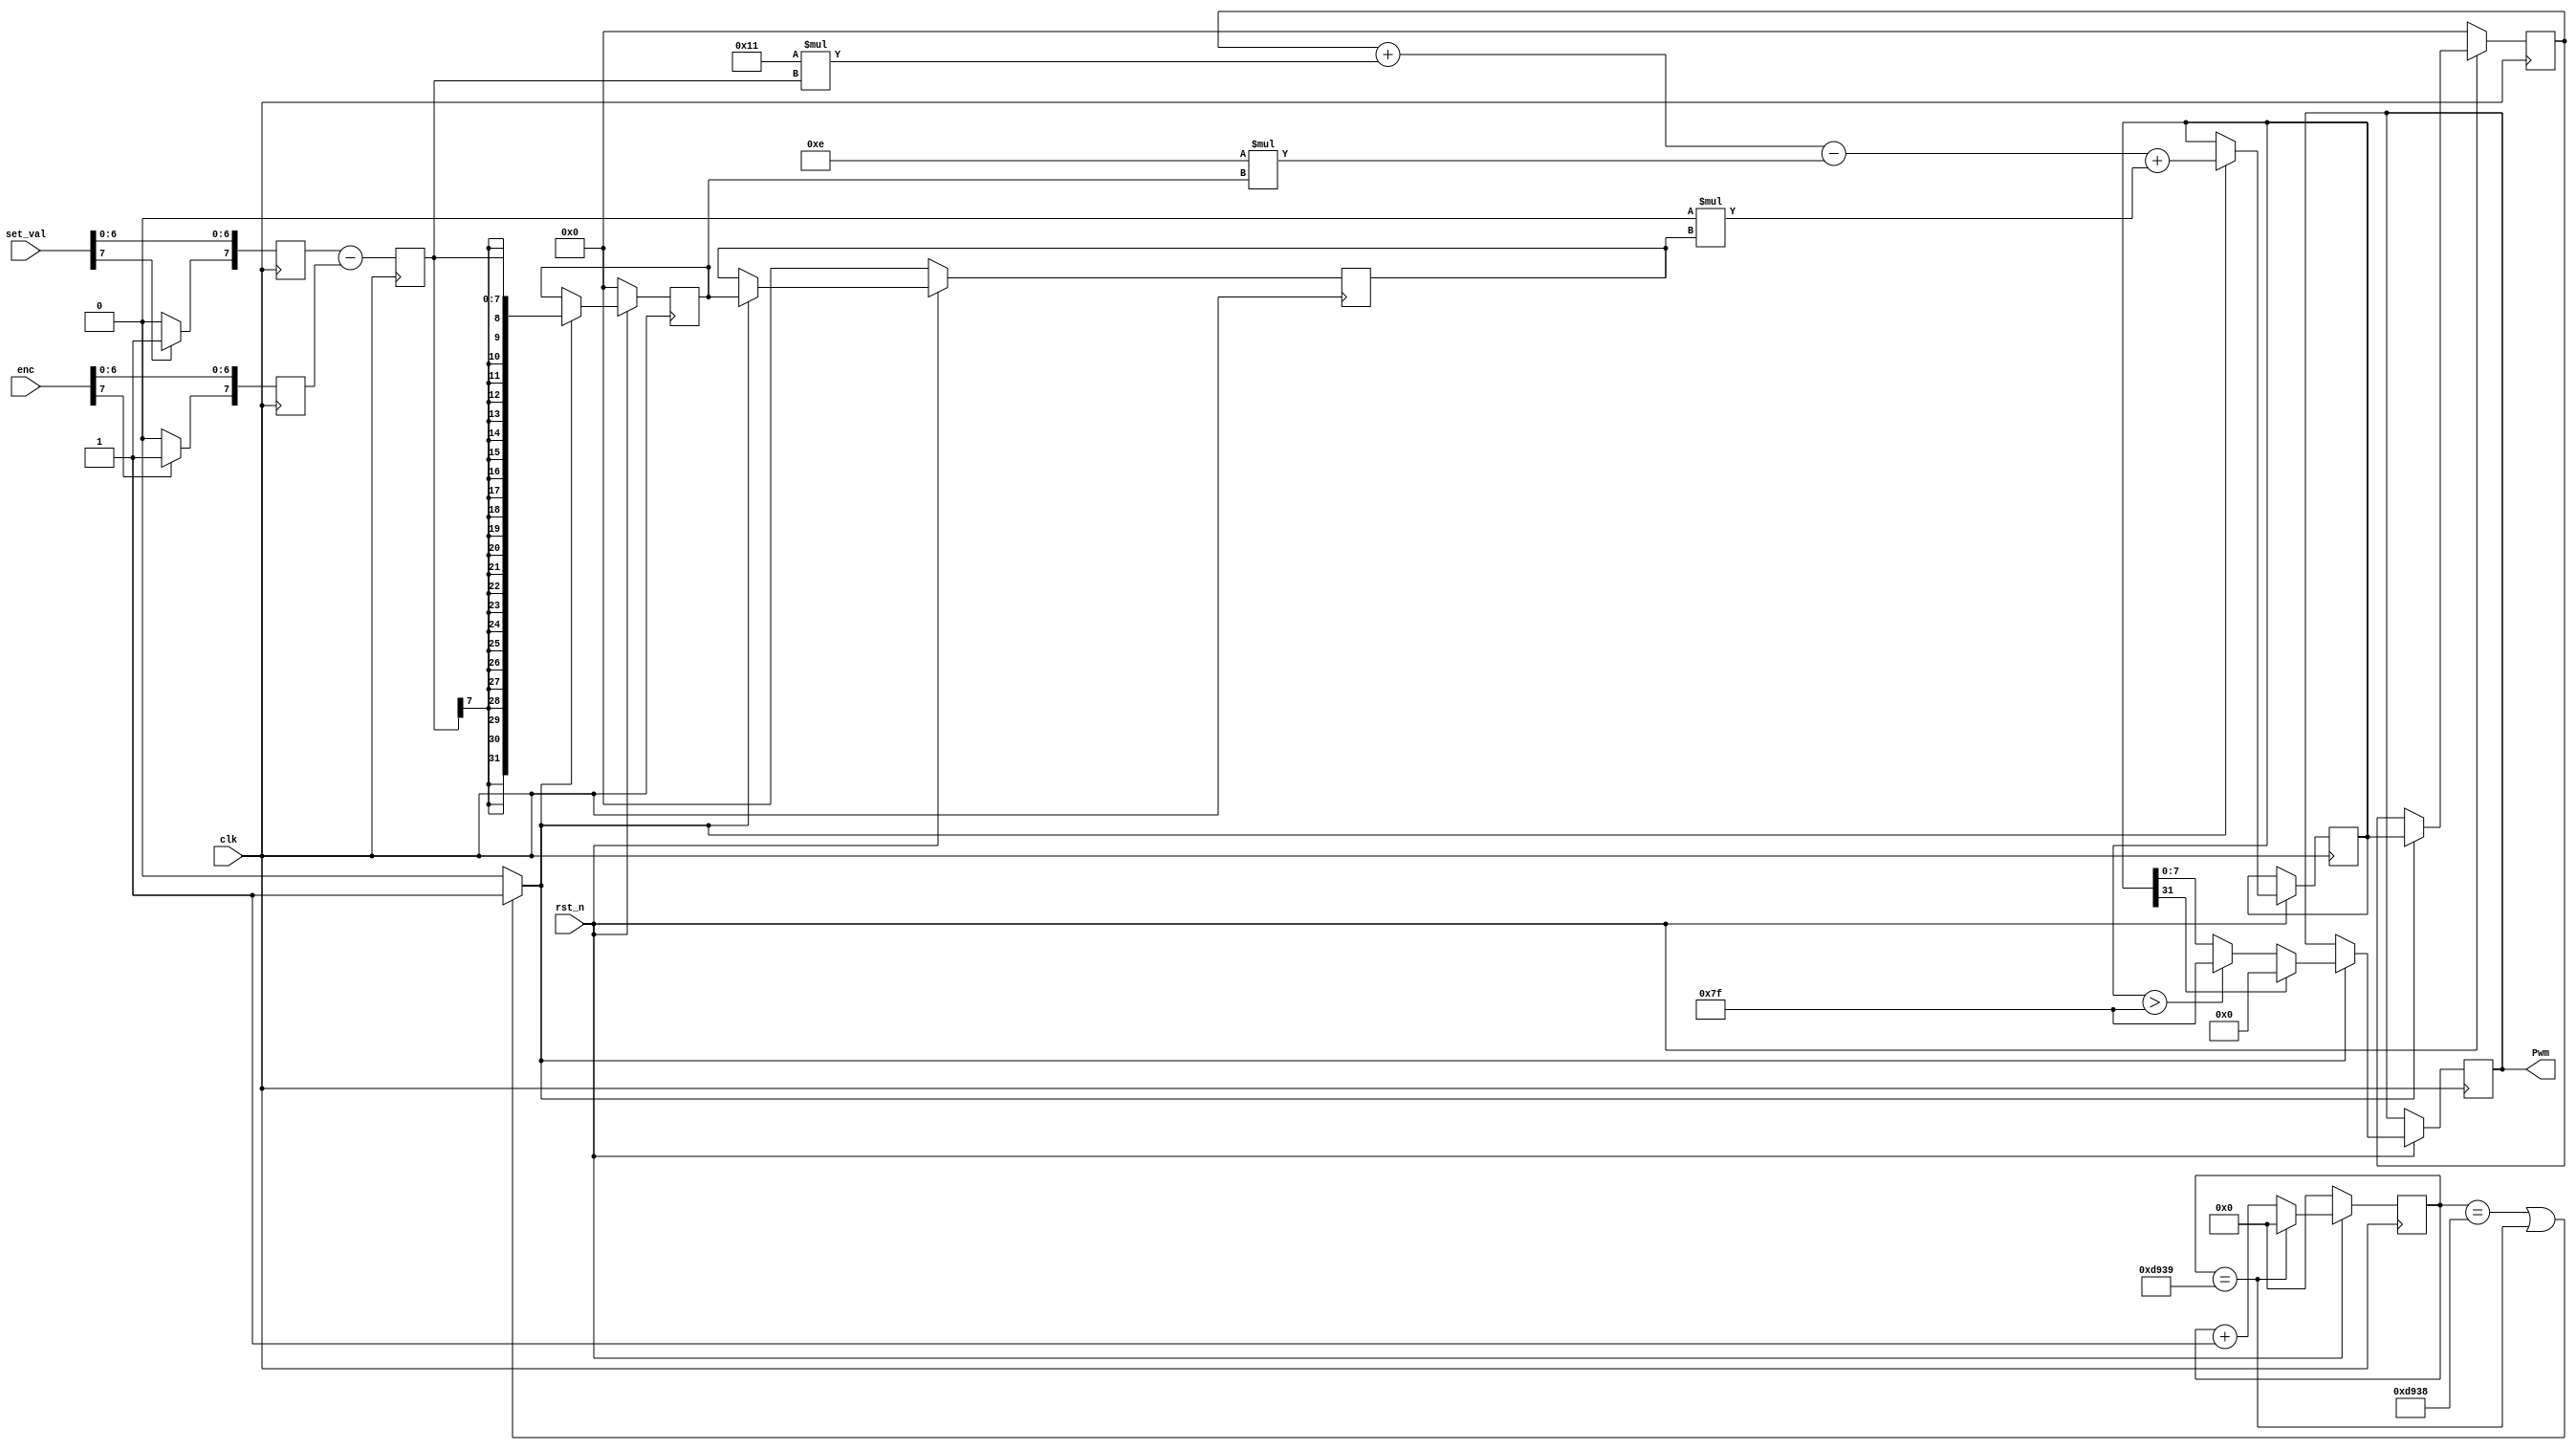
module pid(Pwm, enc, set_val, clk, rst_n);

	parameter N = 8;

	output [N-1 : 0] Pwm; 
	input [N-1 : 0] enc; 
	input [N-1 : 0] set_val;
//	input [N-1 : 0] k_1;
//	input [N-1 : 0] k_2;
	//input [N-1 : 0] k_3;
	input clk;
	input rst_n;
		reg [N-1 : 0] pwm; 
	reg signed [N-1 : 0] k1=17 ;				// kp
	reg signed [N-1 : 0] k2=14 ;				// ki
	reg signed [N-1 : 0] k3=0  ;				// kd
	reg signed [N-1 : 0] error;
	integer pwm_mid;
	integer pwm_old ;
	integer e_prev[1:2];
	integer actual ;
	integer target ;
	
	//always@(k_1) begin k1 <=k_1; end
	//always@(k_2) begin k2 <=k_2; end
	//always@(k_3) begin k3 <=k_3; end
/*	initial begin 
	pwm_old = 0;
	end
	*/



always @ (posedge clk)
	begin
	 if(set_val[N-1])
		begin
			target[31 : N-1] <= {(33 - N){1}};
			target[N-2 : 0] <= set_val[N-2 : 0];
		end
	 else
		begin
			target[31 : N-1] <= {(33 - N){0}};
			target[N-2 : 0] <= set_val[N-2 : 0];
		end
		
	 if(enc[N-1])
		begin
			actual[31 : N-1] <= {(33 - N){1}};
			actual[N-2 : 0] <= enc[N-2 : 0];
		end
	 else
		begin
			actual[31 : N-1] <= {(33 - N){0}};
			actual[N-2 : 0] <= enc[N-2 : 0];
		end
	end
	
reg [17:0] ticker ;
wire click ;

always @ (posedge clk)
	begin
	 if(!rst_n)	ticker <= 0;
	 else if(ticker == 55609) 								//if it reaches the desired max value reset it
		ticker <= 0;
	 else 
		ticker <= ticker + 1;
	end
assign click = ((ticker == 55608)||(ticker == 55609) ? 1'b1 : 1'b0); //click to be assigned high every 1.5ms

	always @ (posedge clk)
	begin
		error <= target - actual ;
		if (!rst_n)
		 begin
			pwm_old <= 0;
			e_prev[1] <= 0;
			e_prev[2] <= 0; 
		 end
		else if (click)
		 begin
			e_prev[2] <= e_prev[1];
			e_prev[1] <= error;
			pwm_old <= pwm_mid;
			pwm_mid <= pwm_old + k1*error - k2*e_prev[1] + k3*e_prev[2];		// pid result
			
			if(pwm_mid[31])	pwm <= 0;
			else if(pwm_mid > 127) pwm <= 127;
			else pwm[N-1 : 0] <= pwm_mid[N-1 : 0] ;
		 end
	end
	assign Pwm = pwm;
endmodule